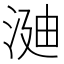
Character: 𣶻